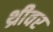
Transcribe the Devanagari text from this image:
थ्रीवर